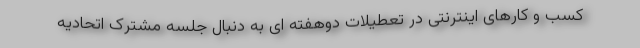
کسب و کارهای اینترنتی در تعطیلات دوهفته ای به دنبال جلسه مشترک اتحادیه